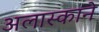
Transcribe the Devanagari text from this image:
अलास्काने